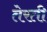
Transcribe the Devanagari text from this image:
तेरती